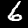
Label: 6